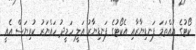
ކޯޓުގެ އުއްތަމަ ފަނޑިޔާރާއި އެކޯޓުގެ ފަނޑިޔާރު އަލީ ހަމީދު ހައްޔަރު ކުރިޔަސް އެއީ